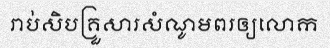
រាប់សិបគ្រួសារសំណូមពរឲ្យលោក